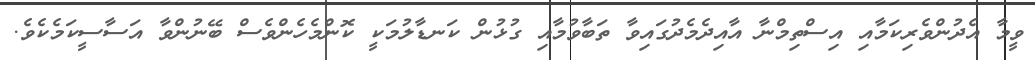
ވީމާ އެދުންވެރިކަމާއި އިސްތިމްނާ އާއިދެމެދުގައިވާ ތަބާވުމާއި ގުޅުން ކަނޑާލުމަކީ ކޮންމެހެންވެސް ބޭނުންވާ އަސާސީކަމެކެވެ.